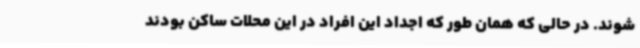
شوند. در حالی که همان طور که اجداد این افراد در این محلات ساکن بودند